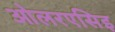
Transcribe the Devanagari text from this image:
ओलरएसिइ